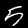
Label: 5